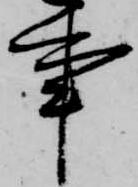
事